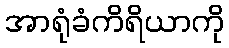
အာရုံခံကိရိယာကို